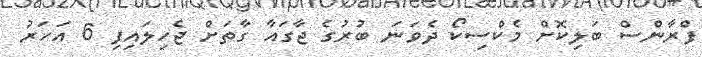
ފްރާންސް ބަލިކޮށް މެކްސިކޯ ދެވަނަ ބުރުގެ ޖާގައާ ގާތަށް ޖެހިލައިފި 6 އަހަރު